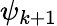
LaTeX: \psi_{k+1}